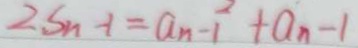
2 S _ { n - 1 } = a _ { n - 1 } ^ { 2 } + a _ { n } - 1